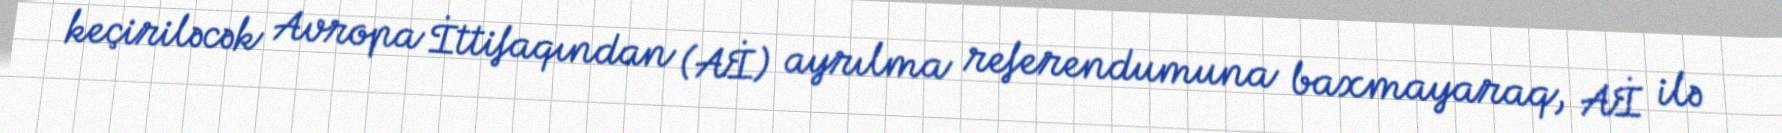
keçiriləcək Avropa İttifaqından (Aİ) ayrılma referendumuna baxmayaraq, Aİ ilə